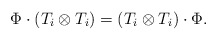
\begin{align*}\Phi\cdot(T_i\otimes T_i)=(T_i\otimes T_i)\cdot\Phi.\end{align*}